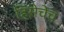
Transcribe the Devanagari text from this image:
हिंसेचेच